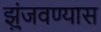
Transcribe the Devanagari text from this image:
झुंजवण्यास